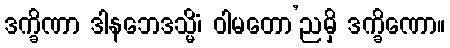
ဒက္ခိဏာ ဒါနဘေဒသ္မိံ၊ ဝါမတော’ညမှိ ဒက္ခိဏော။